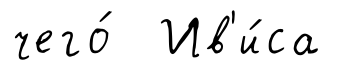
чего́ Ив'и́са